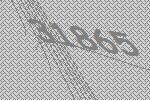
31865